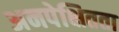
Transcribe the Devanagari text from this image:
अनपेक्षितता